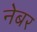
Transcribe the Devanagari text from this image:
नेबर